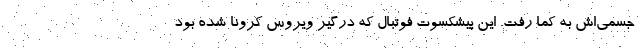
جسمی‌اش به کما رفت. این پیشکسوت فوتبال که درگیر ویروس کرونا شده بود